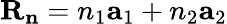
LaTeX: \mathbf{R}_{\mathbf{n}}=n_{1}\mathbf{a}_{1}+n_{2}\mathbf{a}_{2}